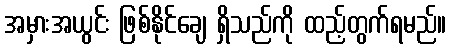
အမှားအယွင်း ဖြစ်နိုင်ချေ ရှိသည်ကို ထည့်တွက်ရမည်။